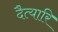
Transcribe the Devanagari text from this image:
दैत्यारि